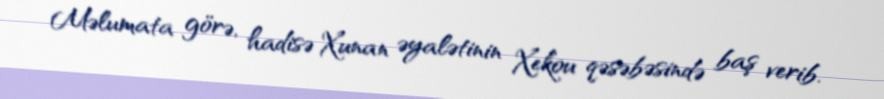
Məlumata görə, hadisə Xunan əyalətinin Xekou qəsəbəsində baş verib.